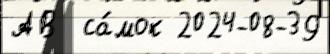
АВ  са́мок 2024-08-39